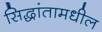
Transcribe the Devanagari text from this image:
सिद्धांतामधील